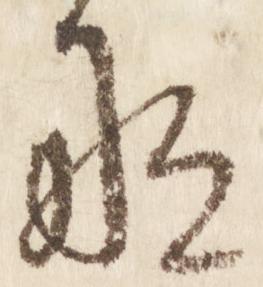
な